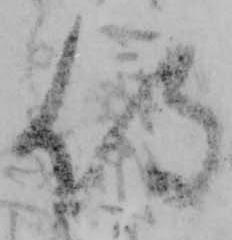
侍